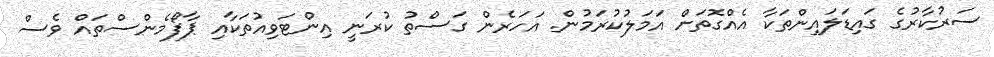
ސަރުކާރުގެ ގައިޑަލައިންތަކާ އެއްގޮތަށް އަމަލުކުރަމުން. އަހަރެން ގަސްތު ކުރަނީ އިންޓަވިއުތަކާއި ޕާފޯމެންސްތައް ވެސް